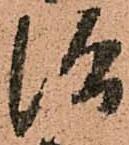
治